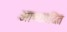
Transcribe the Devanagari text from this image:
आच्‍छादित